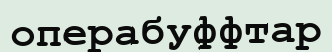
операбуффтар